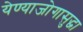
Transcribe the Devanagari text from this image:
येण्याजोगासुद्धा